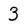
Character: 3